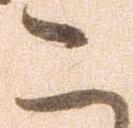
こ